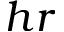
h r